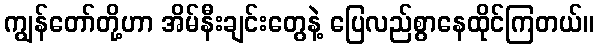
ကျွန်တော်တို့ဟာ အိမ်နီးချင်းတွေနဲ့ ပြေလည်စွာနေထိုင်ကြတယ်။